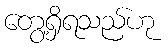
တွေ့ရှိရသည်ဟု